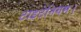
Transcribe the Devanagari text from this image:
टाइटेनियम।